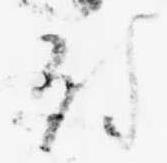
付